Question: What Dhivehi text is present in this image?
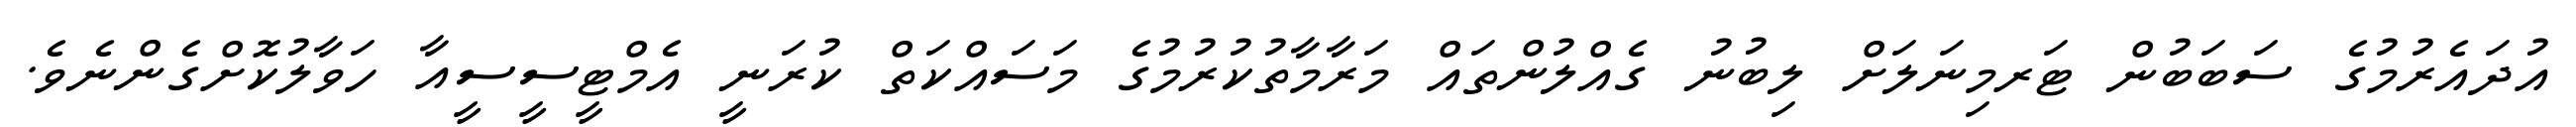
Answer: އުދައެރުމުގެ ސަބަބުން ޓަރމިނަލަށް ލިބުނު ގެއްލުންތައް މަރާމާތުކުރުމުގެ މަސައްކަތް ކުރަނީ އެމްޓީސީސީއާ ހަވާލުކޮށްގެންނެވެ.